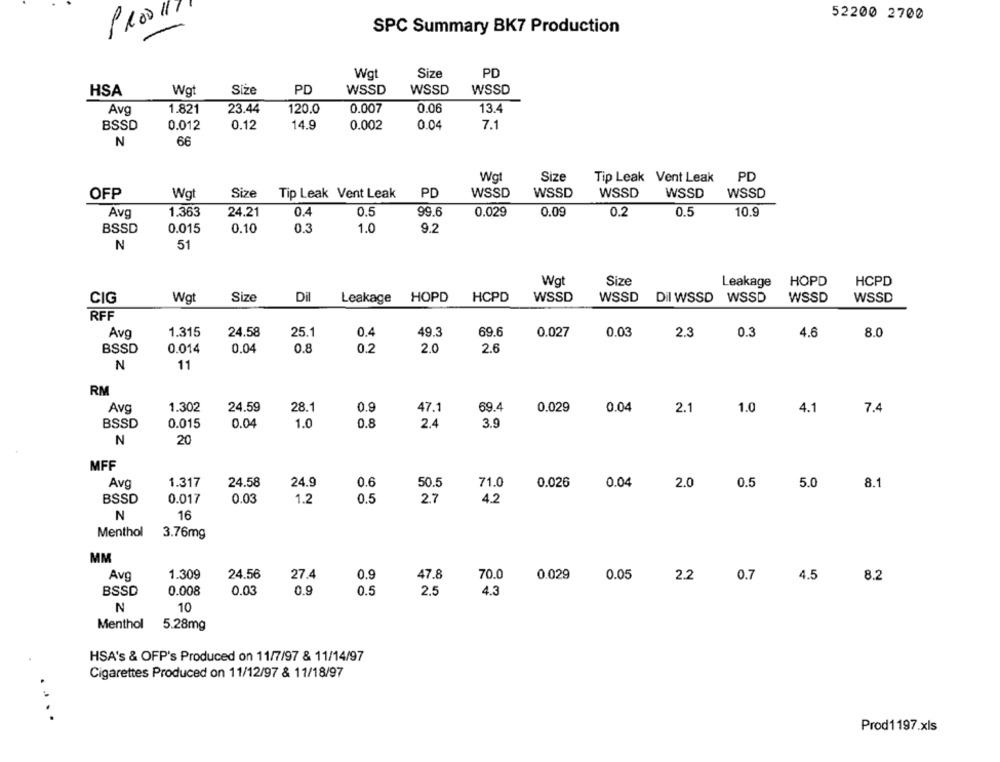
52200 2700
1100
SPC Summary BK7 Production
Wgt
Size
PD
HSA
Wgt
Siże
PD
WSSD
WSSD
WSSD
Avg
1.821
23.44
120.0
0.007
0.06
13.4
BSSD
0.012
0.12
14.9
0.002
0.04
7.1
N
66
Wgt
Size
Tip Leak Vent Leak PD
OFP
Wgt
Size
Tip Leak Vent Leak
PD
WSSD
WSSD
WSSD
WSSD
WSSD
Avg
1.363
24.21
0.4
0.5
99.6
0.029
0.09
0.2
0.5
10.9
BSSD
0.015
0.10
0.3
1.0
9.2
N
51
Wg
Size
HOPD
HCPD
Leakage
Size
Dil
Leakage
HOPD
HCPD
CIG
Wgt
WSSD
WSSD Dil WSSD
WSSD
WSSD
WSSD
RFF
Avg
1.315
24.58
25.1
0.4
49.3
69.6
0.027
0.03
2.3
0.3
4.6
8.0
BSSD
0.014
0.04
0.8
0.2
2.0
2.6
N
11
RM
Avg
1.302
24.59
28.1
0.9
47.1
69.4
0.029
0.04
2.1
1.0
4.1
7.4
BSSD
0.015
0.04
1.0
0.8
2.4
3.9
N
20
MFF
Avg
1.317
24.58
24.9
0.6
50.5
71.0
0.026
0.04
2.0
0.5
5.0
8.1
BSSD
0.017
0.03
1.2
0.5
2.7
4.2
N
16
Menthol
3.76mg
MM
Avg
1.309
24.56
27.4
0.9
47.8
70.0
0.029
0.05
2.2
0.7
4.5
8.2
BSSD
0.008
0.03
0.9
0.5
2.5
4.3
N
10
Menthol
5.28mg
HSA's & OFP's Produced on 11/7/97 & 11/14/97
Cigarettes Produced on 11/12/97 & 11/18/97
...
Prod1197.xls